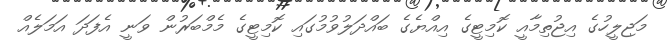
މަޖިލީހުގެ އިޖުތިމާއީ ކޮމިޓީގެ އިއްޔެގެ ބައްދަލުވުމުގައި ކޮމިޓީގެ މެމްބަރުން ވަނީ އެފަދަ އަމަލެއް